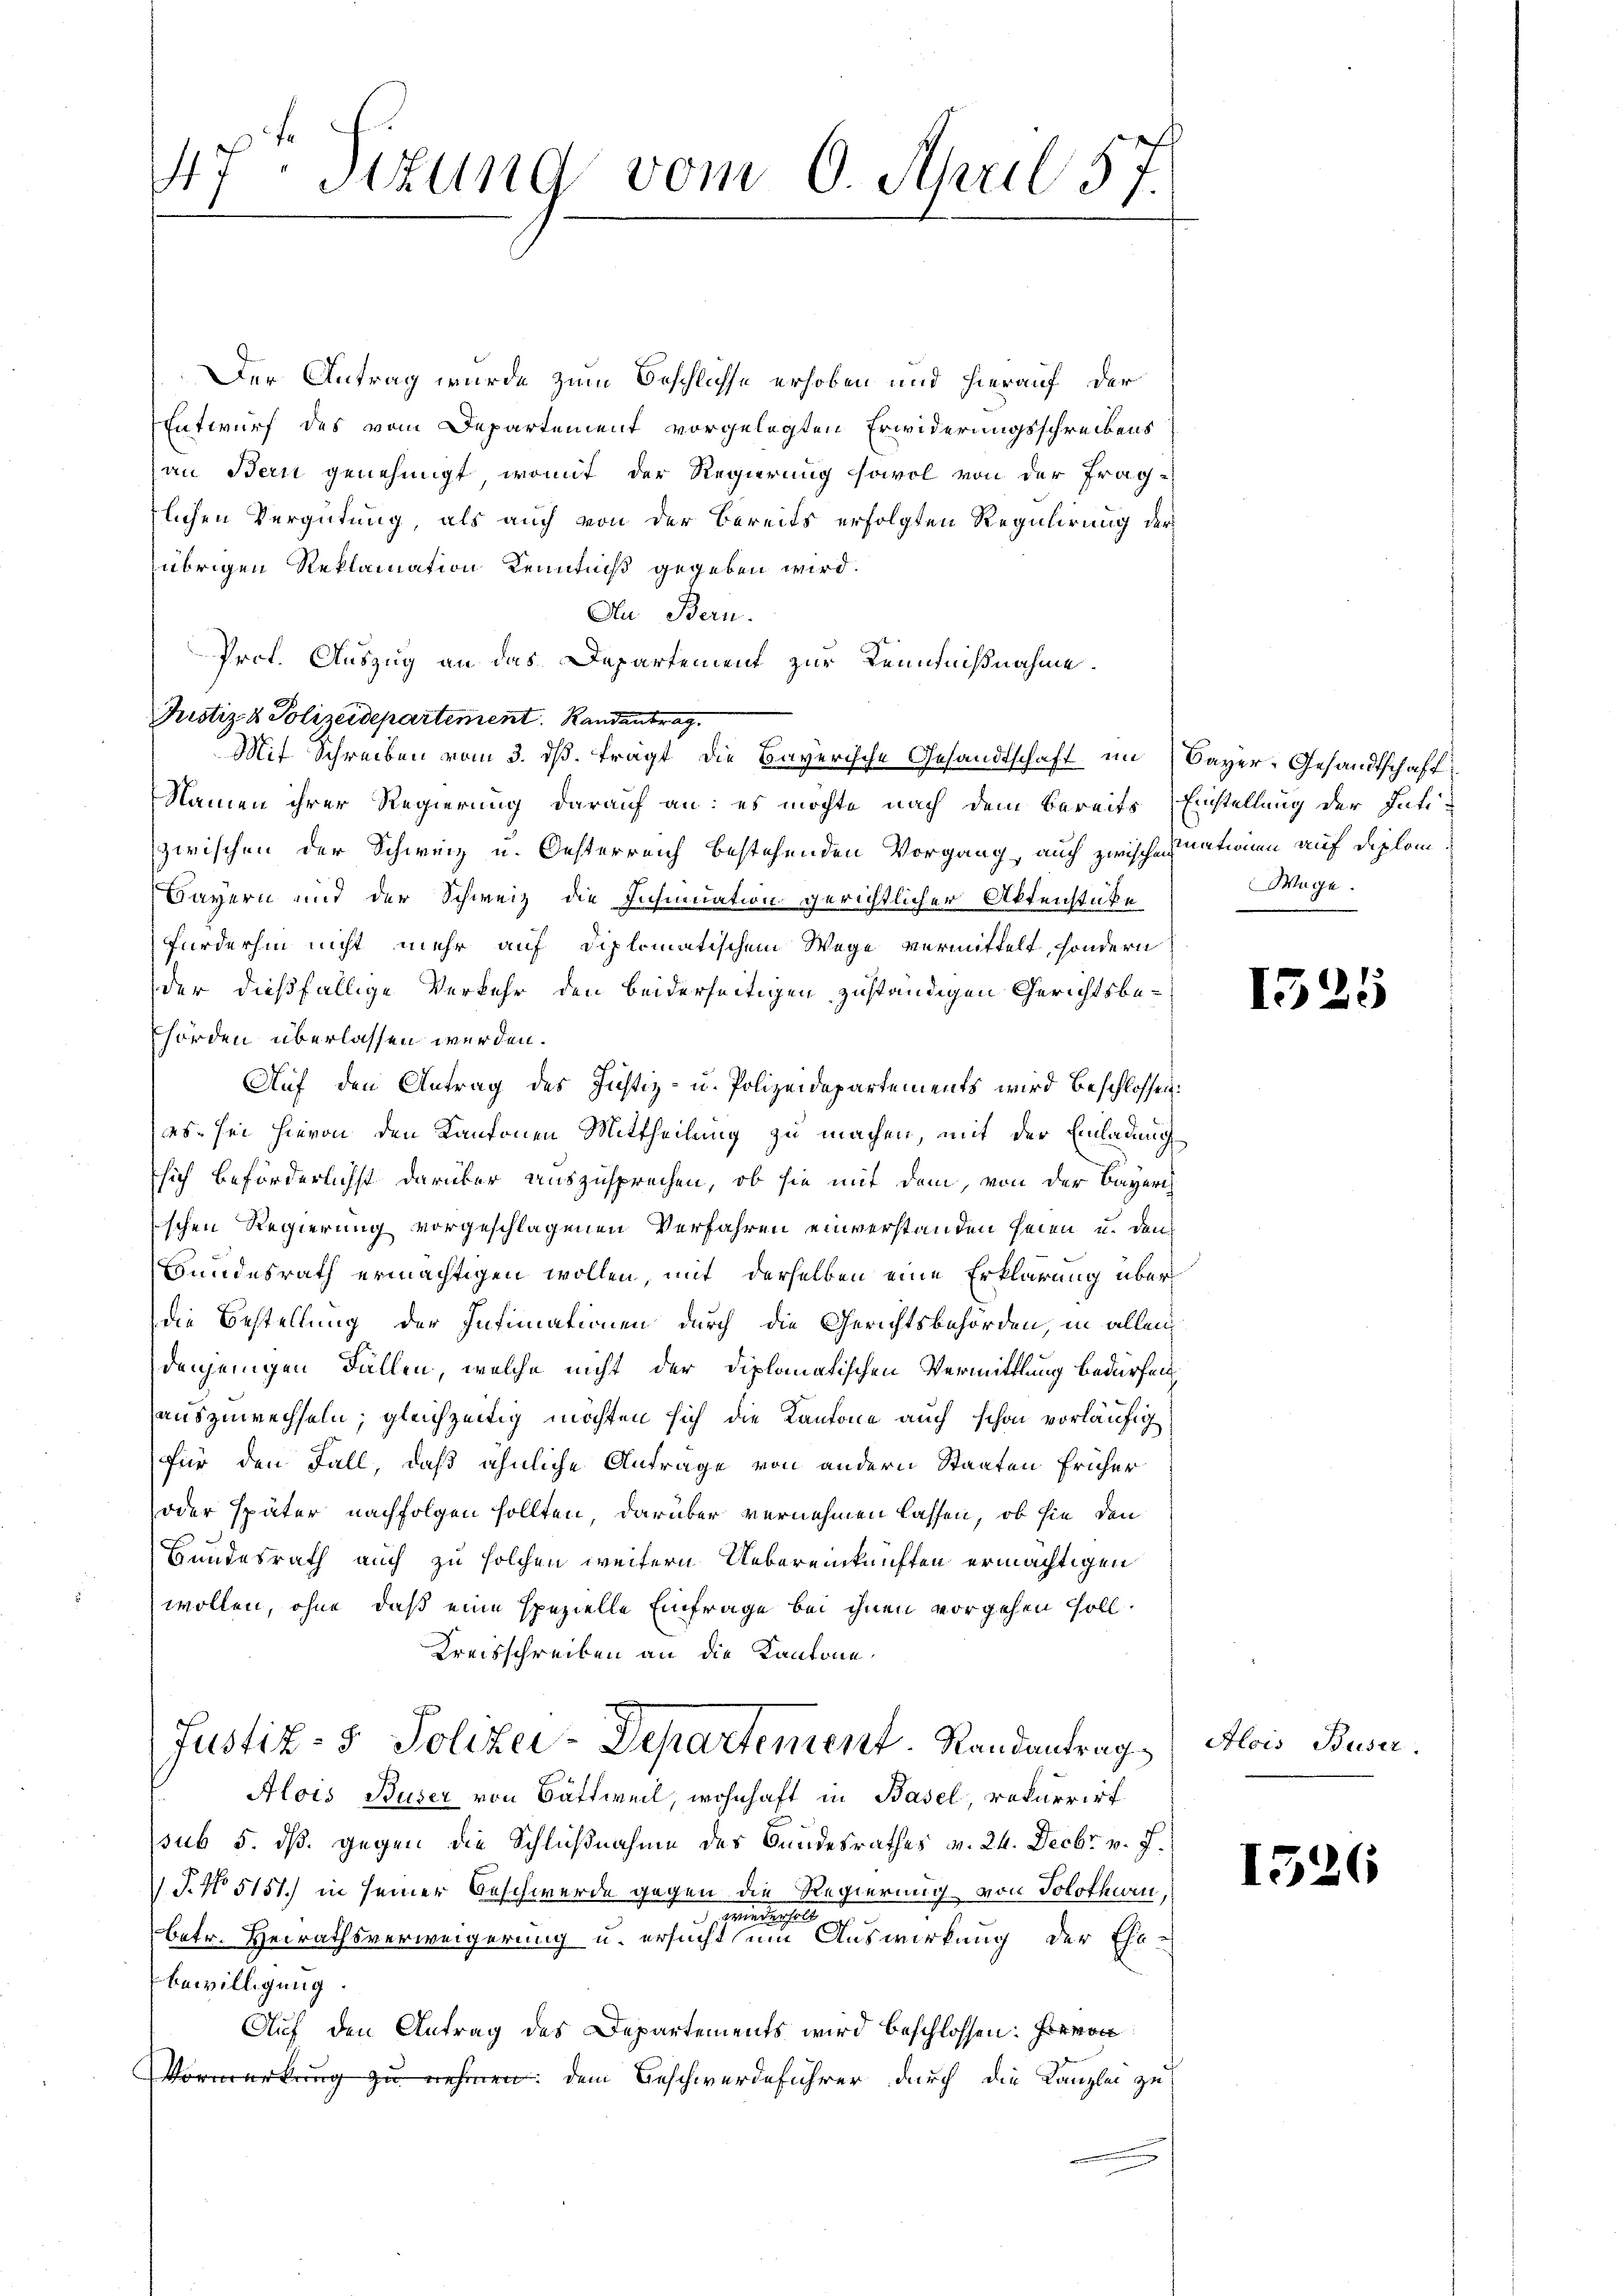
47. Setung vom 6. April 57.

Der Antrag wurde zum Beschlüsse erhoben und hierauf der
Entwurf des vom Departement vorgelegten Erwiderungsschreibens
an Bern genehmigt, womit der Regierung sowol von der Frag-
tlichen Vergütung, als auch von der Bereits erfolgten Regulirung der
übrigen Reklamation Kenntniß gegeben wird.
Au Bern.
Prof. Auszug an das Departement zur Kenntnißnahme
Pustiz- & Polizeidepartement. Randantrag.
Mit Schreiben vom 3. ds. frägt die Bayerische Gesandtschaft im Bayer, Gesandtschaft
Namen ihrer Regierung darauf an: es möchte nach dem bereits Einstellung der Intizwischen der Schweiz u. Oesterreich bestehenden Vorgang, auch zwische nationen auf diplom
Bayern und der Schweiz die Insinuation gerichtlicher Aktenstüke
Fürderhin nicht mehr auf diplomatischem Wege vermittelt, sondern
der dießfällige Verkehr den beiderseitigen zuständigen Gerichtsbehörden überlassen werden.
Auf den Antrag des Justiz- u. Polizeidepartements wird beschlossen:
es sei hievon den Kantonen Mittheilung zu machen, mit der Einladung
sich beförderlichst darüber auszusprechen, ob sie mit dem, von der Bayeri
schen Regierung vorgeschlagenen Verfahren einverstanden seien u. den
Bundesrath ermächtigen wollen, mit derselben eine Erklärung über
die Bestellung der Intimationen durch die Gerichtsbehörden, in allen
denjenigen Fällen, welche nicht der Diplomatischen Vermittlung bedürfen
auszuwechseln; gleichzeitig möchten sich die Kantone auch schon vorläufig
für den Fall, daß ähnliche Antrage von andern Staaten früher
oder später nachfolgen sollten, darüber vernehmen lassen, ob sie den
Bundesrath auch zu solchen weitern Uebereinkünften ermächtigen
wollen, ohne daß eine spezielle Einfrage bei ihnen vorgehen soll.
Kreisschreiben an die Kantone.
Justiz- & Polizei-Departement. Randantrag
Alois Buser von Bättweil, wohnhaft in Basel, rekurrirt
pub 5. ds. gegen die Schlußnahme des Bundesrathes v. 24. Decbr. v. J.
S.No 5151) in seiner Beschwerde gegen die Regierung von Solothurn,
wiederhalt
betr. Heirathsverweigerung u. ersucht um Auswirkung der Ehe-
Bewilligung
Auf den Antrag des Departements wird beschlossen: Hievon
Vormerkung zu nehmen. Dem Beschwerdeführer durch die Kanzlei zu

Wage

1521

Alois Buser.

1526